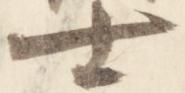
士